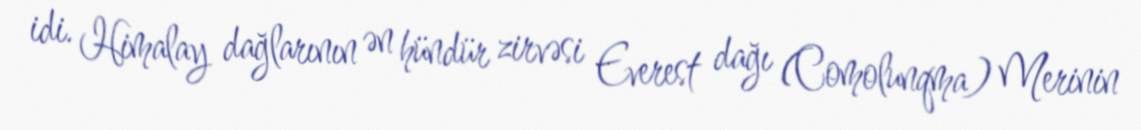
idi. Himalay dağlarının ən hündür zirvəsi Everest dağı (Comolunqma) Merinin